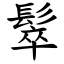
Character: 䯿